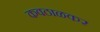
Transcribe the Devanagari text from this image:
कवठाळकर